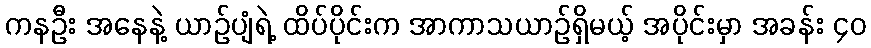
ကနဦး အနေနဲ့ ယာဉ်ပျံရဲ့ ထိပ်ပိုင်းက အာကာသယာဉ်ရှိမယ့် အပိုင်းမှာ အခန်း ၄၀